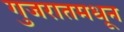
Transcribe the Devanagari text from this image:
गुजरातमधून